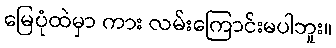
မြေပုံထဲမှာ ကား လမ်းကြောင်းမပါဘူး။